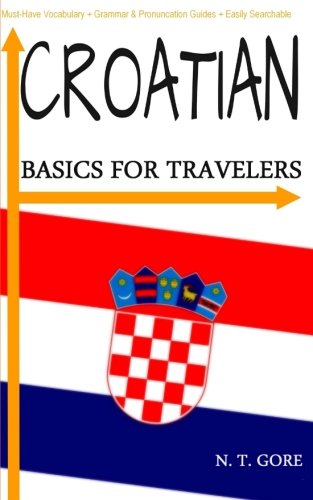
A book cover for Croatian - Basics for Travelers; N. T. Gore; Travel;